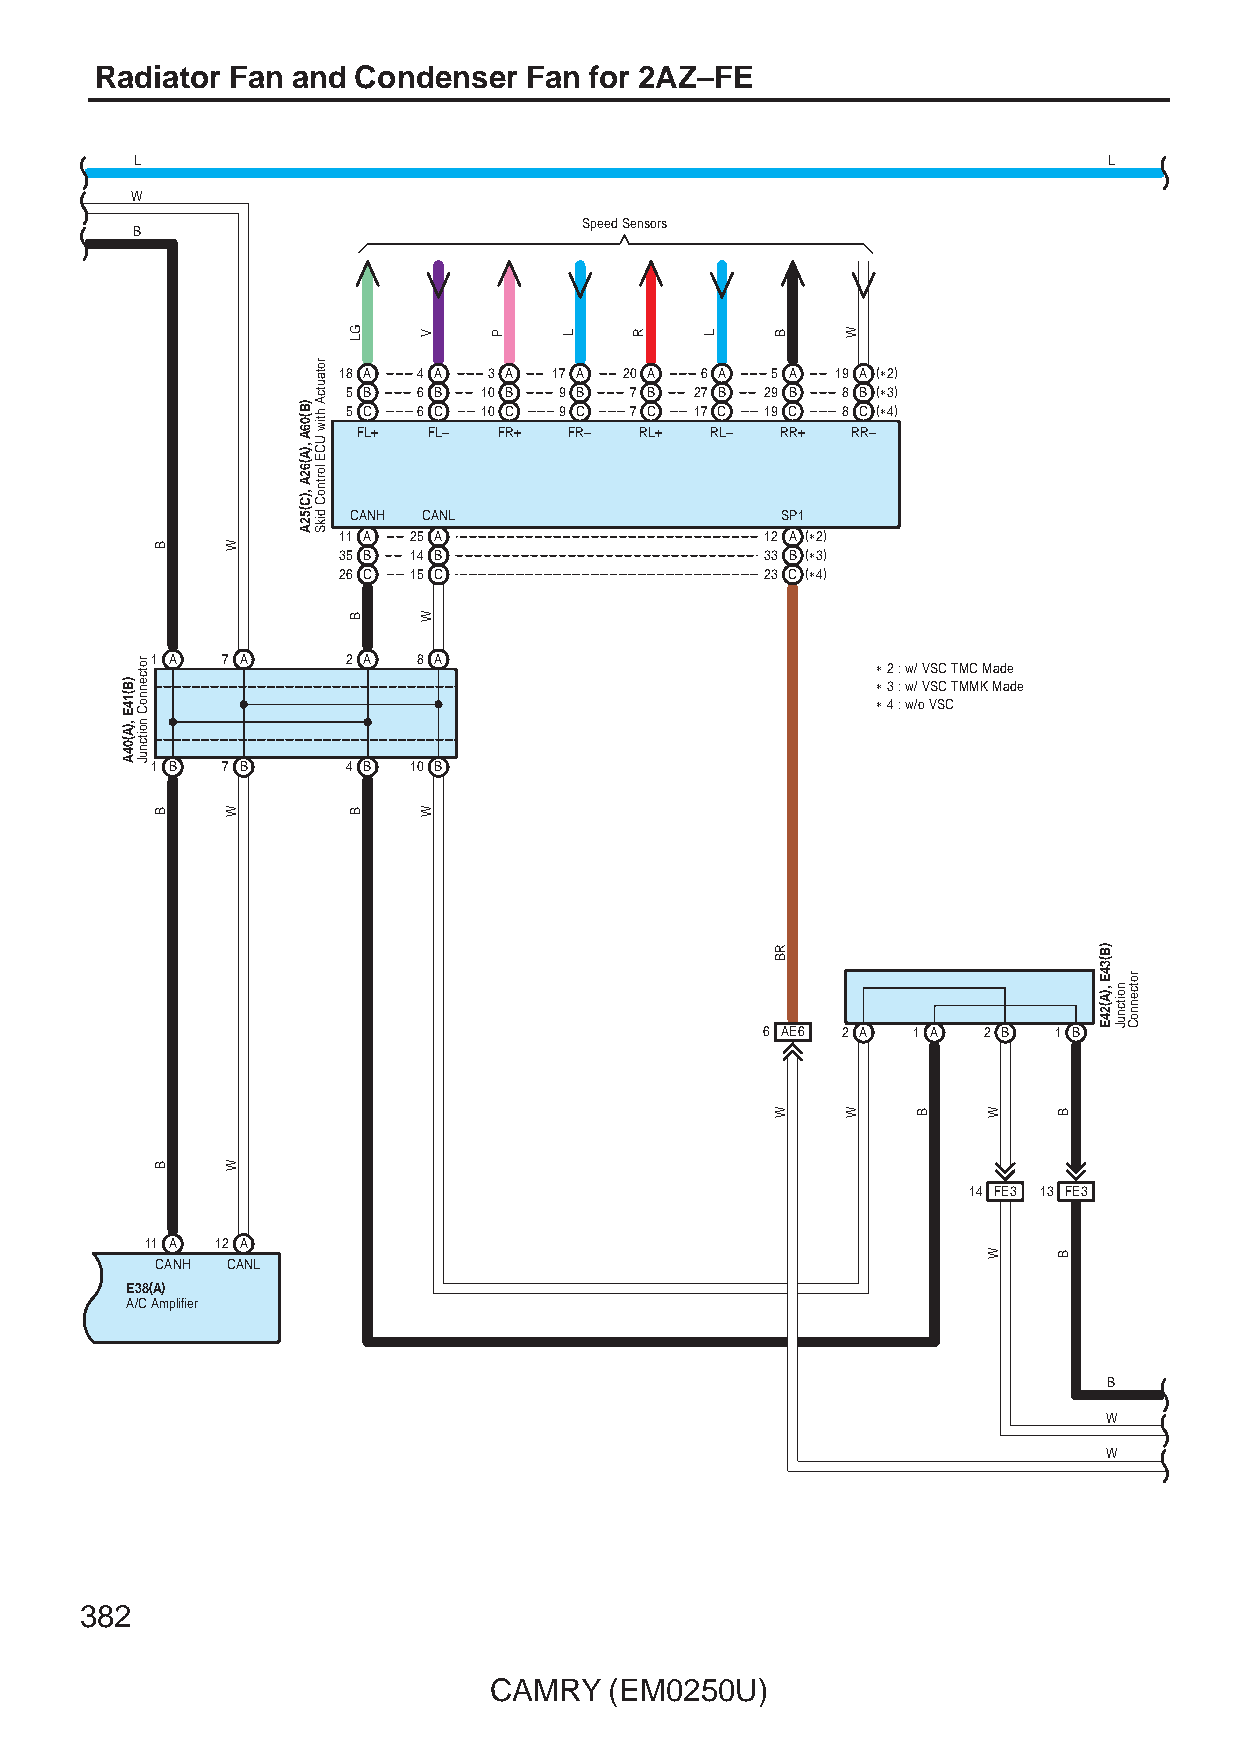
Radiator Fan and Condenser   Fan for 2AZ–FE
 L                                                               L
 W
 Speed Sensors
 B
 18 A  4 A 3 A  17 A 20 A 6 A 5 A 19 A (∗2)
 5 B  6 B 10 B 9 B  7 B 27 B 29 B 8 B (∗3)
 5 C  6 C 10 C 9 C  7 C 17 C 19 C 8 C (∗4)
 FL+ FL–  FR+  FR– RL+  RL–  RR+ RR–
 CANH CANL                    SP1
 11 A 25 A                    12 A (∗2)
 35 B 14 B                    33 B (∗3)
 26 C 15 C                    23 C (∗4)
 1 A  7 A     2 A  8 A                           ∗ 2 : w/ VSC TMC Made
 ∗ 3 : w/ VSC TMMK Made
 ∗ 4 : w/o VSC
 1 B  7 B     4 B 10 B
 6 AE6 2 A 1 A 2 B  1 B
 14 FE3 13 FE3
 11 A 12 A
 CANH CANL
 E38(A)
 A/C Amplifier
 B
 W
 W
 382
 CAMRY   (EM0250U)
 )B(14E
 ,)A(04A
 rotcennoC
 noitcnuJ
 B
 B
 B
 W
 W
 W
 )B(06A
 ,)A(62A
 ,)C(52A
 rotautcA
 htiw
 UCE
 lortnoC
 dikS
 GL
 B
 B
 V
 W
 W
 P    L    R    L   B
 RB
 W
 W
 W    B   W
 W
 B
 B
 )B(34E
 ,)A(24E noitcnuJ
 rotcennoC